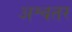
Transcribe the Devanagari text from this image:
अश्वतर